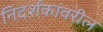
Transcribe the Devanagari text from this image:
निदर्शकांवरील